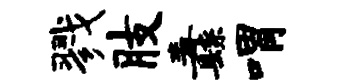
戮肢纛喟